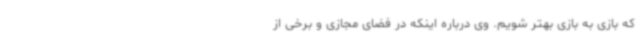
که بازی به بازی بهتر شویم. وی درباره اینکه در فضای مجازی و برخی از